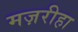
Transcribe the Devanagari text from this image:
मज़रीहा